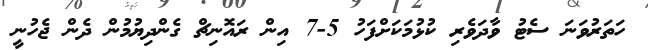
ހަތަރުވަނަ ސެޓު ވާދަވެރި ކުޅުމަކަށްފަހު 5-7 އިން ރައޮނިޗް ގެންދިޔުމުން ދެން ޖެހުނީ